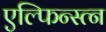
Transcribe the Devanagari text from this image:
एल्फिन्स्त्न